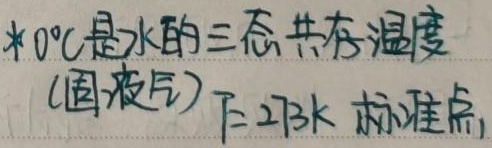
$0^{\circ}C$是水的三态共存温度（固液气），$273K$下称准点。